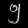
Digit: ၅